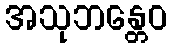
အသုဘန္တေဝ